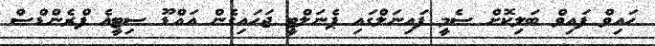
ހައިވް ފައިވް ބަލިކޮށް ސެމީ ފައިނަލްގައި ޕެނަލްޓީ ޖަހައިގެން އައްޑޫ ސިޓީީޣެ ފްރެންޑްސް